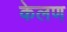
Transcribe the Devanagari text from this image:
केलण